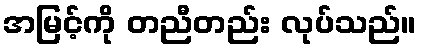
အမြင့်ကို တညီတည်း လုပ်သည်။